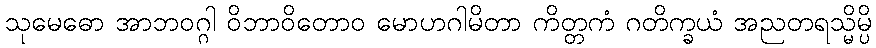
သုမေဓော အာဘဝဂ္ဂါ ဝိဘာဝိတောဝ မောဟဂါမိတာ ကိတ္တကံ ဂတိက္ခယံ အညတရသ္မိမ္ပိ